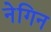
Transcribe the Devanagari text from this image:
नेगिन